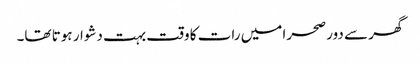
گھر سے دور صحرا میں رات کا وقت بہت دشوار ہوتا تھا۔